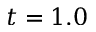
t = 1 . 0